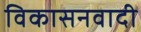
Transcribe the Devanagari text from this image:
विकासनवादी